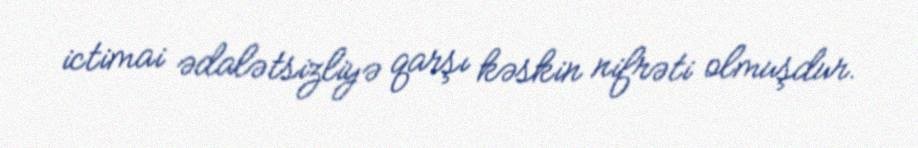
ictimai ədalətsizliyə qarşı kəskin nifrəti olmuşdur.